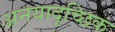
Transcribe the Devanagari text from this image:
अनयादृच्छिक